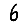
Digit: 6